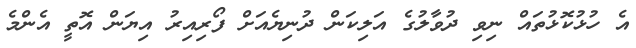
އެ ހުޅުކޮޅުތައް ނިވި ދުވާލުގެ އަލިކަން ދުނިޔެއަށް ފޯރިއިރު އިޔަން އޮތީ އެންމެ